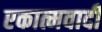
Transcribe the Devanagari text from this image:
एकात्मवादी